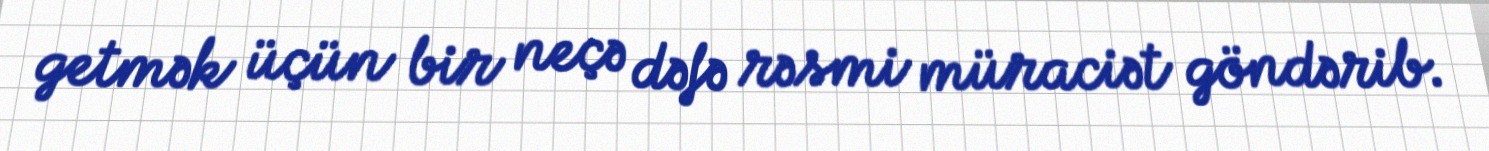
getmək üçün bir neçə dəfə rəsmi müraciət göndərib.